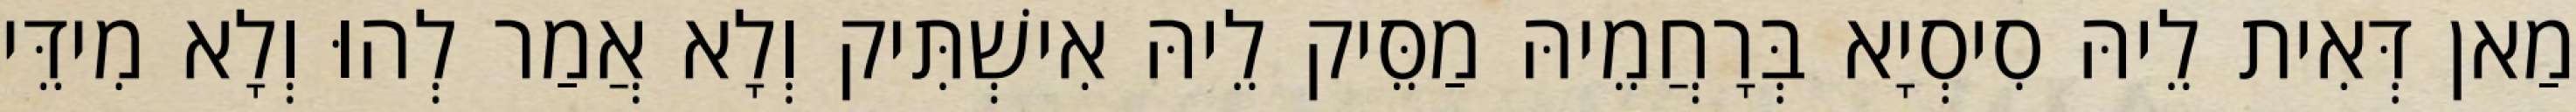
מַאן דְּאִית לֵיהּ סִיסְיָא בְּרָחֲמֵיהּ מַסֵּיק לֵיהּ אִישְׁתִּיק וְלָא אֲמַר לְהוּ וְלָא מִידֵּי